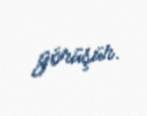
görüşür.